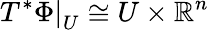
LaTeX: \left.T^{*}\Phi\right|_{U}\cong U\times\mathbb{R}^{n}